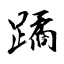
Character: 蹫